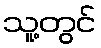
သူ့တွင်